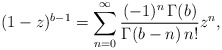
\begin{align*}(1-z)^{b-1}=\sum^{\infty}_{n=0}\frac{(-1)^{n}\,\Gamma(b) }{\Gamma(b-n)\,n!}z^n,\end{align*}